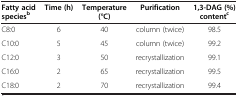
<table><thead><tr><td><b>Fatty acid species<sup>b</sup></b></td><td><b>Time (h)</b></td><td><b>Temperature (°C)</b></td><td><b>Purification</b></td><td><b>1,3-DAG (%)content<sup>c</sup></b></td></tr></thead><tbody><tr><td>C8:0</td><td>6</td><td>40</td><td>column (twice)</td><td>98.5</td></tr><tr><td>C10:0</td><td>5</td><td>45</td><td>column (twice)</td><td>99.2</td></tr><tr><td>C12:0</td><td>3</td><td>50</td><td>recrystallization</td><td>99.1</td></tr><tr><td>C16:0</td><td>2</td><td>65</td><td>recrystallization</td><td>99.5</td></tr><tr><td>C18:0</td><td>2</td><td>70</td><td>recrystallization</td><td>99.4</td></tr></tbody></table>